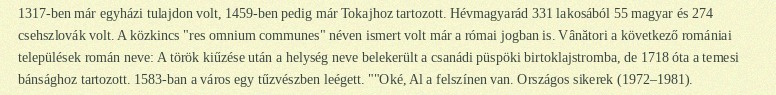
1317-ben már egyházi tulajdon volt, 1459-ben pedig már Tokajhoz tartozott. Hévmagyarád 331 lakosából 55 magyar és 274 csehszlovák volt. A közkincs "res omnium communes" néven ismert volt már a római jogban is. Vânători a következő romániai települések román neve: A török kiűzése után a helység neve belekerült a csanádi püspöki birtoklajstromba, de 1718 óta a temesi bánsághoz tartozott. 1583-ban a város egy tűzvészben leégett. ""Oké, Al a felszínen van. Országos sikerek (1972–1981).